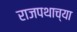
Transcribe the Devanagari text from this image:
राजपथाच्या